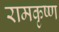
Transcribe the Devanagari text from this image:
रामकृष्‍ण